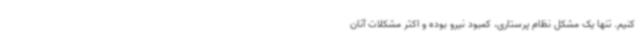
کنیم. تنها یک مشکل نظام پرستاری، کمبود نیرو بوده و اکثر مشکلات آنان